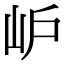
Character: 𡵘